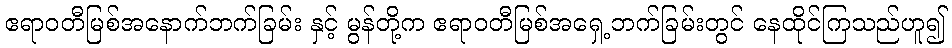
ဧရာဝတီမြစ်အနောက်ဘက်ခြမ်း နှင့် မွန်တို့က ဧရာဝတီမြစ်အရှေ့ဘက်ခြမ်းတွင် နေထိုင်ကြသည်ဟူ၍